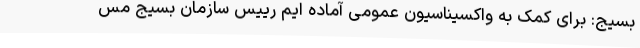
بسیج: برای کمک به واکسیناسیون عمومی آماده ایم رییس سازمان بسیج مس